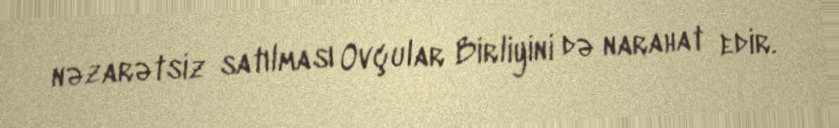
nəzarətsiz satılması Ovçular Birliyini də narahat edir.